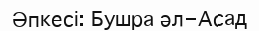
Әпкесі: Бушра әл-Асад